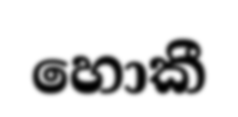
හොකී